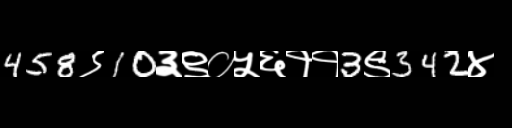
Text: 458९10३९०५६११3९342४